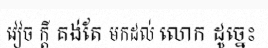
វៀច ក្តី គង់តែ មកដល់ លោក ដូច្នេះ